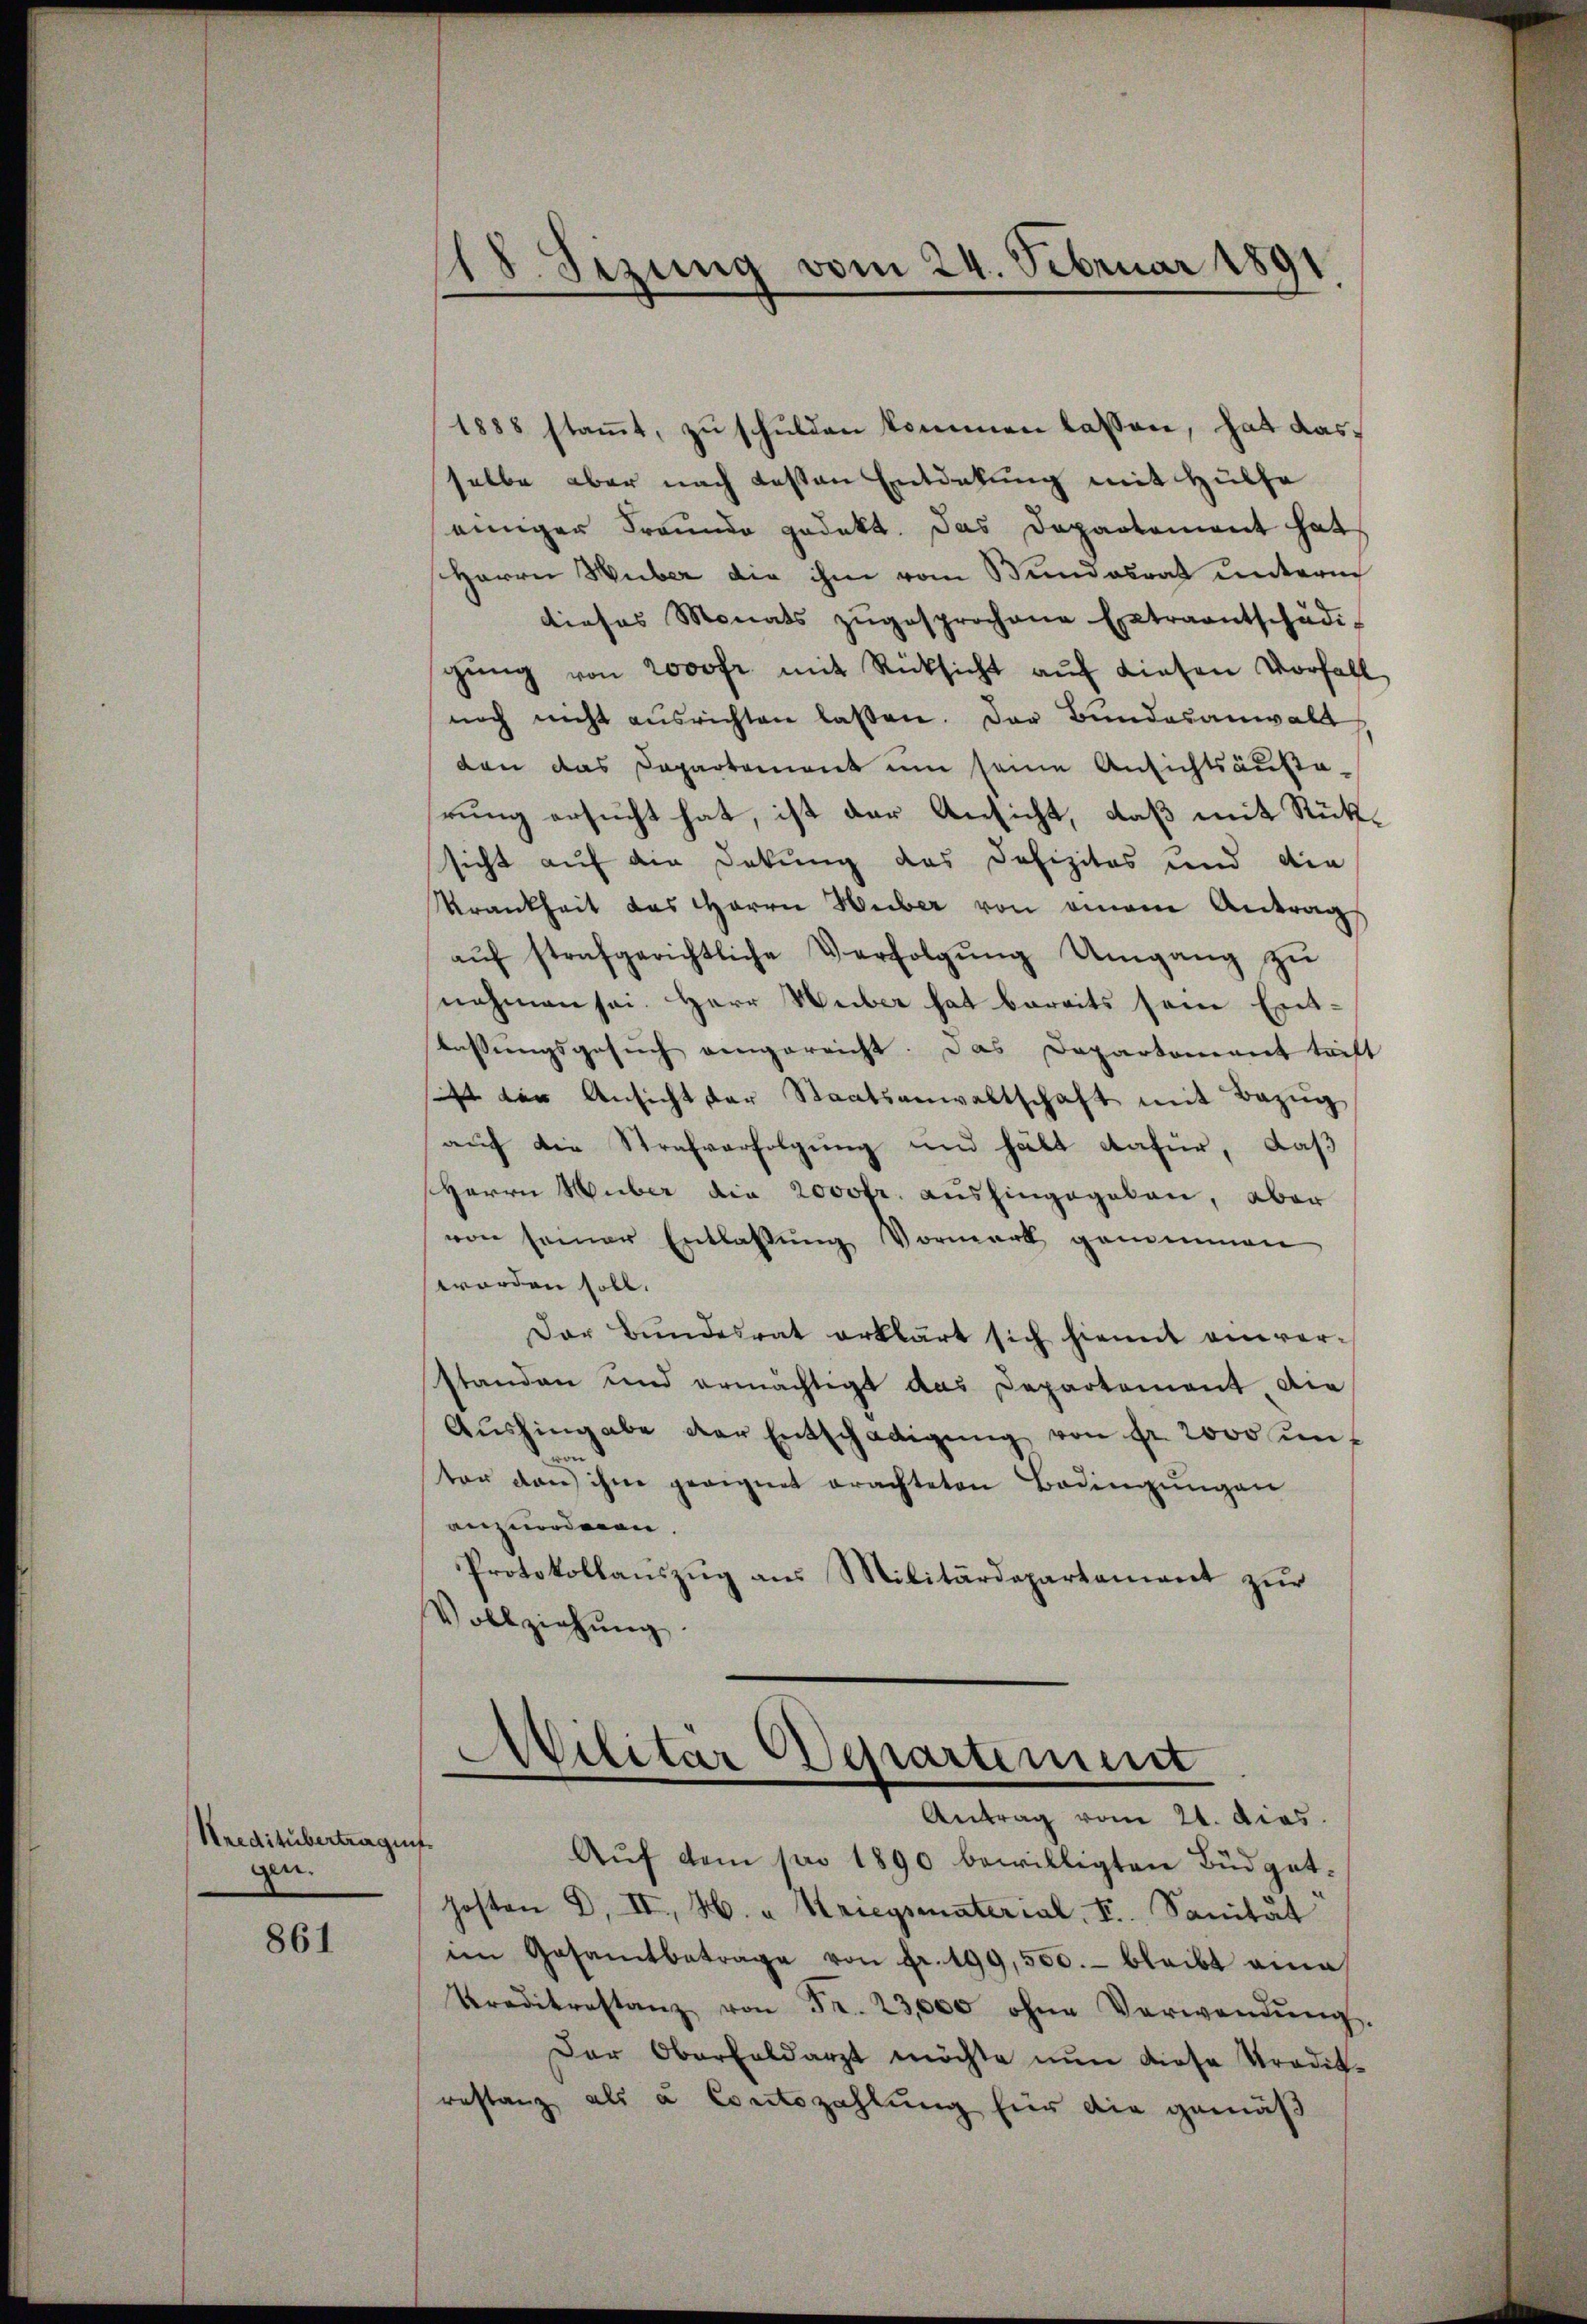
Kreditübertrages
gen.

861

1888 stamt, zu schulden kommen lassen, hat dasselbe aber nach besten Entdekung mit Hülfe
einiger Freunde gedekt. Das Departement hat
Herrn Huber die ihm vom Bundesrat unterm
dieses Monats zŭgesprochene Extraantschädi-
gŭng von 2000fr. mit Rücksicht aŭf diesen Vorfall
noch nicht ausrichten lassen. Das Bundesanwalt
den das Departement um seine Ansichtsausa-
rung ersucht hat, ist der Ansicht, daß mit Rücksicht auf die Dekung des Defizites und die
Krankheit das Herrn Heiber von einem Antrag
aŭf strafgerichtliche Verfolgŭng Umgang zŭ
nahmen sei. Herr Huber hat bereits sein Enttassungsgesuch angereicht. Das Departement trift
sist den Ansicht der Staatsanwaltschaft mit Bezŭg
auf die Strafverfolgung und hält dafür, daß
Herrn Huber die 2000fr. aushingegeben, aber
von seiner Entlassung Vormerk genommen
worden soll.
Der Bŭndesrat erklärt sich hiemit einver-
standen und ermächtigt das Departement die
Aŭshingabe der Entschädigŭng von fr. 2000 ŭnt
ter den ihm geeignet erachteten Bedingungen
anzuordnen.
Protokollaŭszŭg ans Militärdepartament zŭr
Vollziehŭng.

18. Sezung vom 24. Februar 1891

Militar Departement
Antrag vom 21. dies

Auf dem pro 1890 bewilligten Büdgethosten d. II, H. " Kriegsmaterial, F. Sanität
im Gesamtbetrage von fr. 199,500.- bleibt eine
Preditestanz von Fr. 23,000 ohne Verwendŭng.
Der Oberfeldarzt möchte nŭn diese Tradit-
restanz als u Breitszahlung für die gemäß